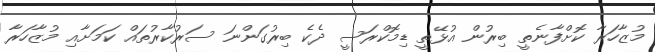
މުޒާހަރާ ކޮށްފާނެތީ ބިރުން އުޅޭތީ ޑިމޮކްރަސީ ދެކެ ބިރުގަންނަ ސަރުކާރުތައް ކަމަށާއި މުޒާހަރާ